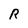
Character: R